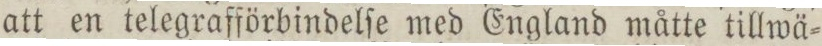
att en telegrafförbindelſe med England måtte tillwä=